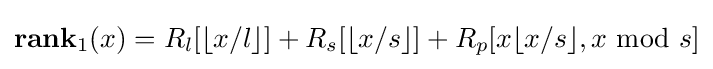
\mathbf {rank} _{1}(x)=R_{l}[\lfloor x/l\rfloor ]+R_{s}[\lfloor x/s\rfloor ]+R_{p}[x\lfloor x/s\rfloor ,x{\text{ mod }}s]